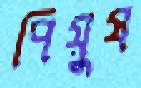
পিয়ুষ